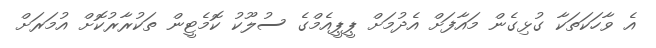
އެ ވާހަކަތަކާ ގުޅިގެން މައާފަށް އެދުމަށް ޕީޕީއެމްގެ ސުލޫކު ކޮމެޓީން ތަކުރާރުކޮށް އުމަރަށް